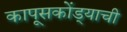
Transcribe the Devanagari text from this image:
कापूसकोंड्याची